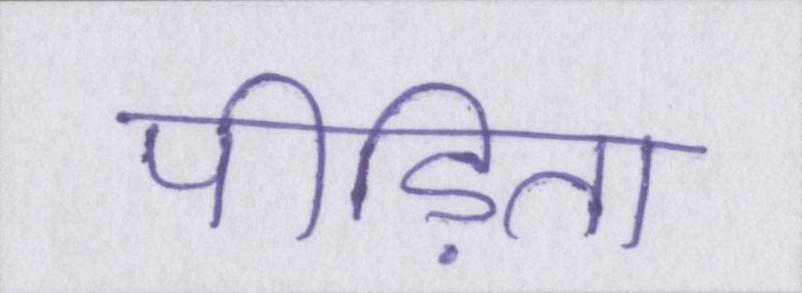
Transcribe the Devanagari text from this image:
पीड़िता